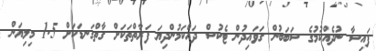
ފައިސާ ނުދެއްކުމުގެ ސަބަބުން ގަވައިދުން ޓެކުސް ދައްކަމުންދިޔަ ފަރާތްތަކަށް ގާތްގަނޑަކަށް 1.5 މިލިޔަން